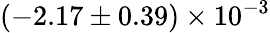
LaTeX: (-2.17\pm 0.39)\times 10^{-3}